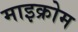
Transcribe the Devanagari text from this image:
माइक्रोम